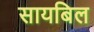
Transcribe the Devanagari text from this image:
सायबिल